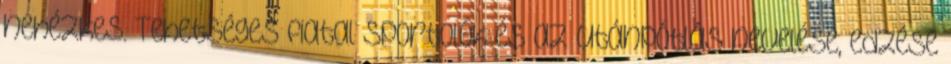
nehézkes. Tehetséges fiatal sportolók és az utánpótlás nevelése, edzése